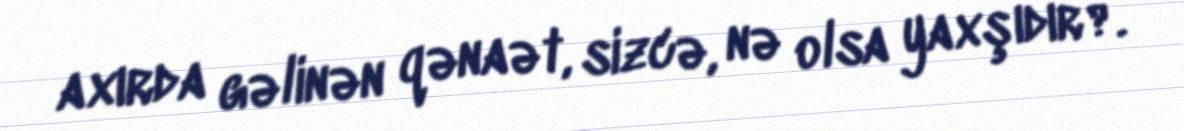
axırda gəlinən qənaət, sizcə, nə olsa yaxşıdır?.